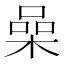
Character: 喿